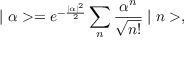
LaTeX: \mid \alpha > = e ^ { - \frac { \mid \alpha \mid ^ { 2 } } { 2 } } \sum _ { n } \frac { \alpha ^ { n } } { \sqrt { n ! } } \mid n > ,